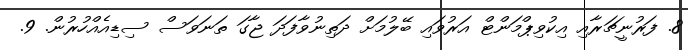
8. ފަރުނީޗަރާއި އިކުވިޕްމަންޓް އަރުވައި ބޭލުމަށް ދަތިނުވާފަދަ ޖާގަ ތަނަވަސް ސިޑިއެއްހުރުން. 9.